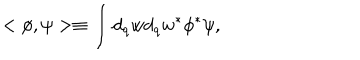
< \phi , \psi > \equiv \int _ { } ^ { } d _ { q } w d _ { q } w ^ { \ast } \phi ^ { \ast } \psi ,